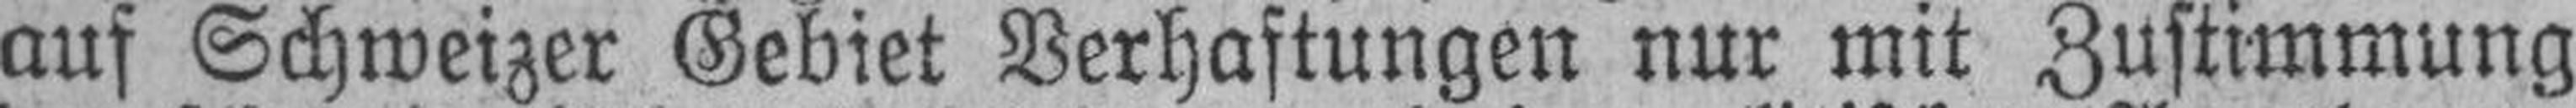
auf Schweizer Gebiet Verhaftungen nur mit Zustimmung